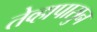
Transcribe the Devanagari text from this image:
तेव्हापासुन